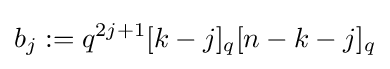
b_{j}:=q^{2j+1}[k-j]_{q}[n-k-j]_{q}